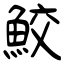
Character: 鮫